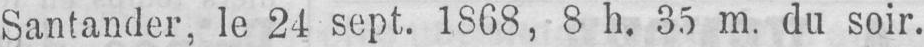
Santander, le 24 sept. 1868, 8 h. 35 m. du soir.